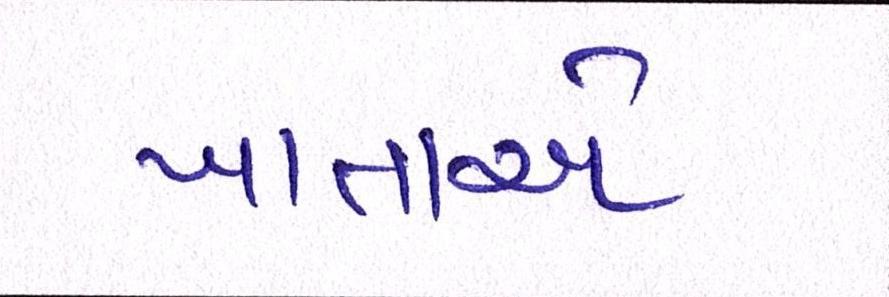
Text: ખાતાએ